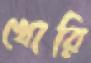
খোরি